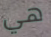
هي